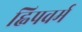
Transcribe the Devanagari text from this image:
ह्विपवर्म